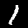
Label: 1